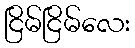
ငြိမ်ငြိမ်လေး